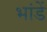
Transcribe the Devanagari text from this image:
भांडें